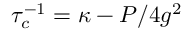
\tau _ { c } ^ { - 1 } = \kappa - P / 4 g ^ { 2 }